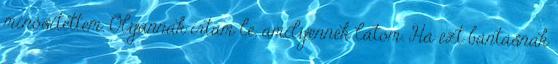
minősítettem. Olyannak írtam le, amilyennek látom. Ha ezt bántásnak